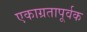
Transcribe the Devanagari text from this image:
एकाग्रतापूर्वक